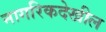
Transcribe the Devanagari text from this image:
नागरिकदेखील